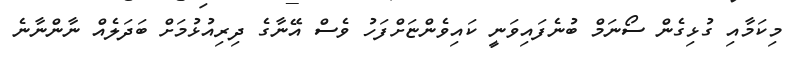
މިކަމާއި ގުޅިގެން ސޯނަމް ބުނެފައިވަނީ ކައިވެންޏަށްފަހު ވެސް އޭނާގެ ދިރިއުޅުމަށް ބަދަލެއް ނާންނާނެ